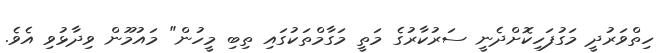
ހިތްވަރުދީ މަގުފަހިކޮށްދެނީ ސަރުކާރުގެ މަތީ މަގާމްތަކުގައި ތިބި މީހުން" މައުމޫން ވިދާޅުވި އެވެ.